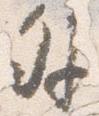
外